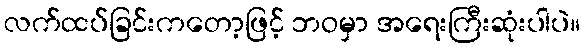
လက်ထပ်ခြင်းကတော့ဖြင့် ဘဝမှာ အရေးကြီးဆုံးပါပဲ။